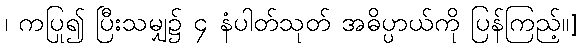
၊ ကပြု၍ ပြီးသမျှ၌ ၄ နံပါတ်သုတ် အဓိပ္ပာယ်ကို ပြန်ကြည့်။]